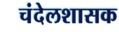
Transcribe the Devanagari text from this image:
चंदेलशासक